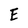
Character: E